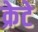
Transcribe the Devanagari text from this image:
क्रेटे